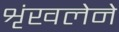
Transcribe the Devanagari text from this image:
शृंखलेने